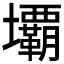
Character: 𭐏